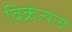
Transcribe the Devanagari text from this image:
विक्रेत्यांचे